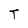
Character: T